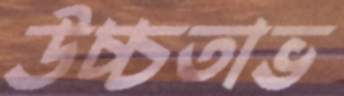
উচ্চতাভ